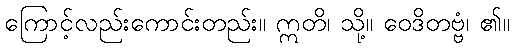
ကြောင့်လည်းကောင်းတည်း။ ဣတိ၊ သို့။ ဝေဒိတဗ္ဗံ၊ ၏။